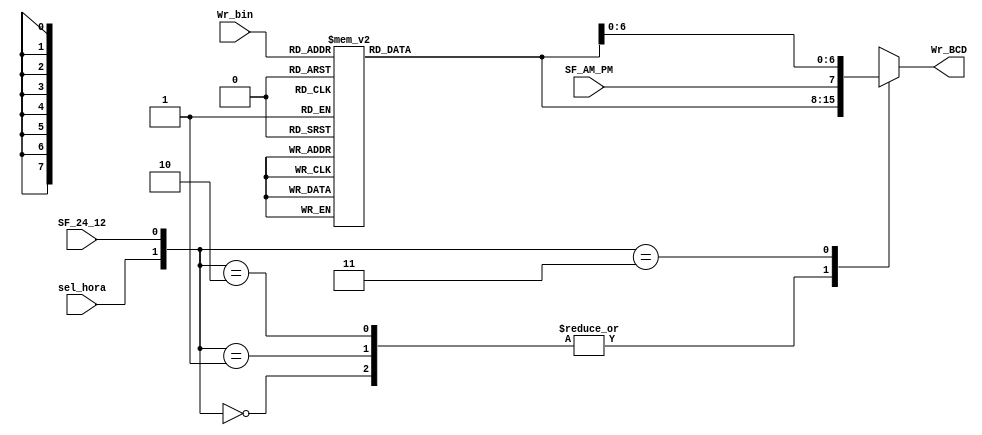
`timescale 1ns / 1ps
//////////////////////////////////////////////////////////////////////////////////
// Company: 
// Engineer: 
// 
// Design Name: 
// Module Name:    Deco_binaBCD 
// Project Name: 
// Target Devices: 
// Tool versions: 
// Description: 
//
// Dependencies: 
//
// Revision: 
// Revision 0.01 - File Created
// Additional Comments: 
//
//////////////////////////////////////////////////////////////////////////////////
module Deco_binaBCD(
	input [6:0] Wr_bin,
	input sel_hora,SF_24_12,SF_AM_PM,
	output reg [7:0] Wr_BCD
    );

reg [7:0] Wr_BCD1;

always @*
	case (Wr_bin)
		7'b0000000: Wr_BCD1 = 8'b00000000;//00
		7'b0000001: Wr_BCD1 = 8'b00000001;//01
		7'b0000010: Wr_BCD1 = 8'b00000010;//02
		7'b0000011: Wr_BCD1 = 8'b00000011;//03
		7'b0000100: Wr_BCD1 = 8'b00000100;//04
		7'b0000101: Wr_BCD1 = 8'b00000101;//05
		7'b0000110: Wr_BCD1 = 8'b00000110;//06
		7'b0000111: Wr_BCD1 = 8'b00000111;//07
		7'b0001000: Wr_BCD1 = 8'b00001000;//08
		7'b0001001: Wr_BCD1 = 8'b00001001;//09
		7'b0001010: Wr_BCD1 = 8'b00010000;//10
		7'b0001011: Wr_BCD1 = 8'b00010001;//11
		7'b0001100: Wr_BCD1 = 8'b00010010;//12
		7'b0001101: Wr_BCD1 = 8'b00010011;//13
		7'b0001110: Wr_BCD1 = 8'b00010100;//14
		7'b0001111: Wr_BCD1 = 8'b00010101;//15
		7'b0010000: Wr_BCD1 = 8'b00010110;//16
		7'b0010001: Wr_BCD1 = 8'b00010111;//17
		7'b0010010: Wr_BCD1 = 8'b00011000;//18
		7'b0010011: Wr_BCD1 = 8'b00011001;//19
		7'b0010100: Wr_BCD1 = 8'b00100000;//20
		7'b0010101: Wr_BCD1 = 8'b00100001;//21
		7'b0010110: Wr_BCD1 = 8'b00100010;//22
		7'b0010111: Wr_BCD1 = 8'b00100011;//23
		7'b0011000: Wr_BCD1 = 8'b00100100;//24
		7'b0011001: Wr_BCD1 = 8'b00100101;//25
		7'b0011010: Wr_BCD1 = 8'b00100110;//26
		7'b0011011: Wr_BCD1 = 8'b00100111;//27
		7'b0011100: Wr_BCD1 = 8'b00101000;//28
		7'b0011101: Wr_BCD1 = 8'b00101001;//29
		7'b0011110: Wr_BCD1 = 8'b00110000;//30
		7'b0011111: Wr_BCD1 = 8'b00110001;//31
		7'b0100000: Wr_BCD1 = 8'b00110010;//32
		7'b0100001: Wr_BCD1 = 8'b00110011;//33
		7'b0100010: Wr_BCD1 = 8'b00110100;//34
		7'b0100011: Wr_BCD1 = 8'b00110101;//35
		7'b0100100: Wr_BCD1 = 8'b00110110;//36
		7'b0100101: Wr_BCD1 = 8'b00110111;//37
		7'b0100110: Wr_BCD1 = 8'b00111000;//38
		7'b0100111: Wr_BCD1 = 8'b00111001;//39
		7'b0101000: Wr_BCD1 = 8'b01000000;//40
		7'b0101001: Wr_BCD1 = 8'b01000001;//41
		7'b0101010: Wr_BCD1 = 8'b01000010;//42
		7'b0101011: Wr_BCD1 = 8'b01000011;//43
		7'b0101100: Wr_BCD1 = 8'b01000100;//44
		7'b0101101: Wr_BCD1 = 8'b01000101;//45
		7'b0101110: Wr_BCD1 = 8'b01000110;//46
		7'b0101111: Wr_BCD1 = 8'b01000111;//47
		7'b0110000: Wr_BCD1 = 8'b01001000;//48
		7'b0110001: Wr_BCD1 = 8'b01001001;//49
		7'b0110010: Wr_BCD1 = 8'b01010000;//50
		7'b0110011: Wr_BCD1 = 8'b01010001;//51
		7'b0110100: Wr_BCD1 = 8'b01010010;//52
		7'b0110101: Wr_BCD1 = 8'b01010011;//53
		7'b0110110: Wr_BCD1 = 8'b01010100;//54
		7'b0110111: Wr_BCD1 = 8'b01010101;//55
		7'b0111000: Wr_BCD1 = 8'b01010110;//56
		7'b0111001: Wr_BCD1 = 8'b01010111;//57
		7'b0111010: Wr_BCD1 = 8'b01011000;//58
		7'b0111011: Wr_BCD1 = 8'b01011001;//59
		7'b0111100: Wr_BCD1 = 8'b01100000;//60
		7'b0111101: Wr_BCD1 = 8'b01100001;//61
		7'b0111110: Wr_BCD1 = 8'b01100010;//62
		7'b0111111: Wr_BCD1 = 8'b01100011;//63
		7'b1000000: Wr_BCD1 = 8'b01100100;//64
		7'b1000001: Wr_BCD1 = 8'b01100101;//65
		7'b1000010: Wr_BCD1 = 8'b01100110;//66
		7'b1000011: Wr_BCD1 = 8'b01100111;//67
		7'b1000100: Wr_BCD1 = 8'b01101000;//68
		7'b1000101: Wr_BCD1 = 8'b01101001;//69
		7'b1000110: Wr_BCD1 = 8'b01110000;//70
		7'b1000111: Wr_BCD1 = 8'b01110001;//71
		7'b1001000: Wr_BCD1 = 8'b01110010;//72
		7'b1001001: Wr_BCD1 = 8'b01110011;//73
		7'b1001010: Wr_BCD1 = 8'b01110100;//74
		7'b1001011: Wr_BCD1 = 8'b01110101;//75
		7'b1001100: Wr_BCD1 = 8'b01110110;//76
		7'b1001101: Wr_BCD1 = 8'b01110111;//77
		7'b1001110: Wr_BCD1 = 8'b01111000;//78
		7'b1001111: Wr_BCD1 = 8'b01111001;//79
		7'b1010000: Wr_BCD1 = 8'b10000000;//80
		7'b1010001: Wr_BCD1 = 8'b10000001;//81
		7'b1010010: Wr_BCD1 = 8'b10000010;//82
		7'b1010011: Wr_BCD1 = 8'b10000011;//83
		7'b1010100: Wr_BCD1 = 8'b10000100;//84
		7'b1010101: Wr_BCD1 = 8'b10000101;//85
		7'b1010110: Wr_BCD1 = 8'b10000110;//86
		7'b1010111: Wr_BCD1 = 8'b10000111;//87
		7'b1011000: Wr_BCD1 = 8'b10001000;//88
		7'b1011001: Wr_BCD1 = 8'b10001001;//89
		7'b1011010: Wr_BCD1 = 8'b10010000;//90
		7'b1011011: Wr_BCD1 = 8'b10010001;//91
		7'b1011100: Wr_BCD1 = 8'b10010010;//92
		7'b1011101: Wr_BCD1 = 8'b10010011;//93
		7'b1011110: Wr_BCD1 = 8'b10010100;//94
		7'b1011111: Wr_BCD1 = 8'b10010101;//95
		7'b1100000: Wr_BCD1 = 8'b10010110;//96
		7'b1100001: Wr_BCD1 = 8'b10010111;//97
		7'b1100010: Wr_BCD1 = 8'b10011000;//98
		7'b1100011: Wr_BCD1 = 8'b10011001;//99
		7'b1100100: Wr_BCD1 = 8'b00000000;//00
		7'b1100101: Wr_BCD1 = 8'b00000000;//00
		7'b1100110: Wr_BCD1 = 8'b00000000;//00
		7'b1100111: Wr_BCD1 = 8'b00000000;//00
		7'b1101000: Wr_BCD1 = 8'b00000000;//00
		7'b1101001: Wr_BCD1 = 8'b00000000;//00
		7'b1101010: Wr_BCD1 = 8'b00000000;//00
		7'b1101011: Wr_BCD1 = 8'b00000000;//00
		7'b1101100: Wr_BCD1 = 8'b00000000;//00
		7'b1101101: Wr_BCD1 = 8'b00000000;//00
		7'b1101110: Wr_BCD1 = 8'b00000000;//00
		7'b1101111: Wr_BCD1 = 8'b00000000;//00
		7'b1110000: Wr_BCD1 = 8'b00000000;//00
		7'b1110001: Wr_BCD1 = 8'b00000000;//00
		7'b1110010: Wr_BCD1 = 8'b00000000;//00
		7'b1110011: Wr_BCD1 = 8'b00000000;//00
		7'b1110100: Wr_BCD1 = 8'b00000000;//00
		7'b1110101: Wr_BCD1 = 8'b00000000;//00
		7'b1110110: Wr_BCD1 = 8'b00000000;//00
		7'b1110111: Wr_BCD1 = 8'b00000000;//00
		7'b1111000: Wr_BCD1 = 8'b00000000;//00
		7'b1111001: Wr_BCD1 = 8'b00000000;//00
		7'b1111010: Wr_BCD1 = 8'b00000000;//00
		7'b1111011: Wr_BCD1 = 8'b00000000;//00
		7'b1111100: Wr_BCD1 = 8'b00000000;//00
		7'b1111101: Wr_BCD1 = 8'b00000000;//00
		7'b1111110: Wr_BCD1 = 8'b00000000;//00
		7'b1111111: Wr_BCD1 = 8'b00000000;//00
		default : Wr_BCD1 = 8'b00000000;//00
	endcase

always @*
	case ({sel_hora,SF_24_12})
		2'b00: Wr_BCD = Wr_BCD1;
		2'b01: Wr_BCD = Wr_BCD1;
		2'b10: Wr_BCD = Wr_BCD1;
		2'b11: Wr_BCD = {SF_AM_PM,Wr_BCD1[6:0]};
		default: Wr_BCD = Wr_BCD1;
	endcase
	
endmodule